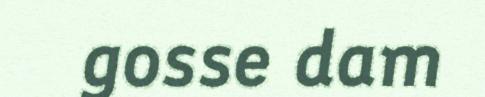
gosse dam